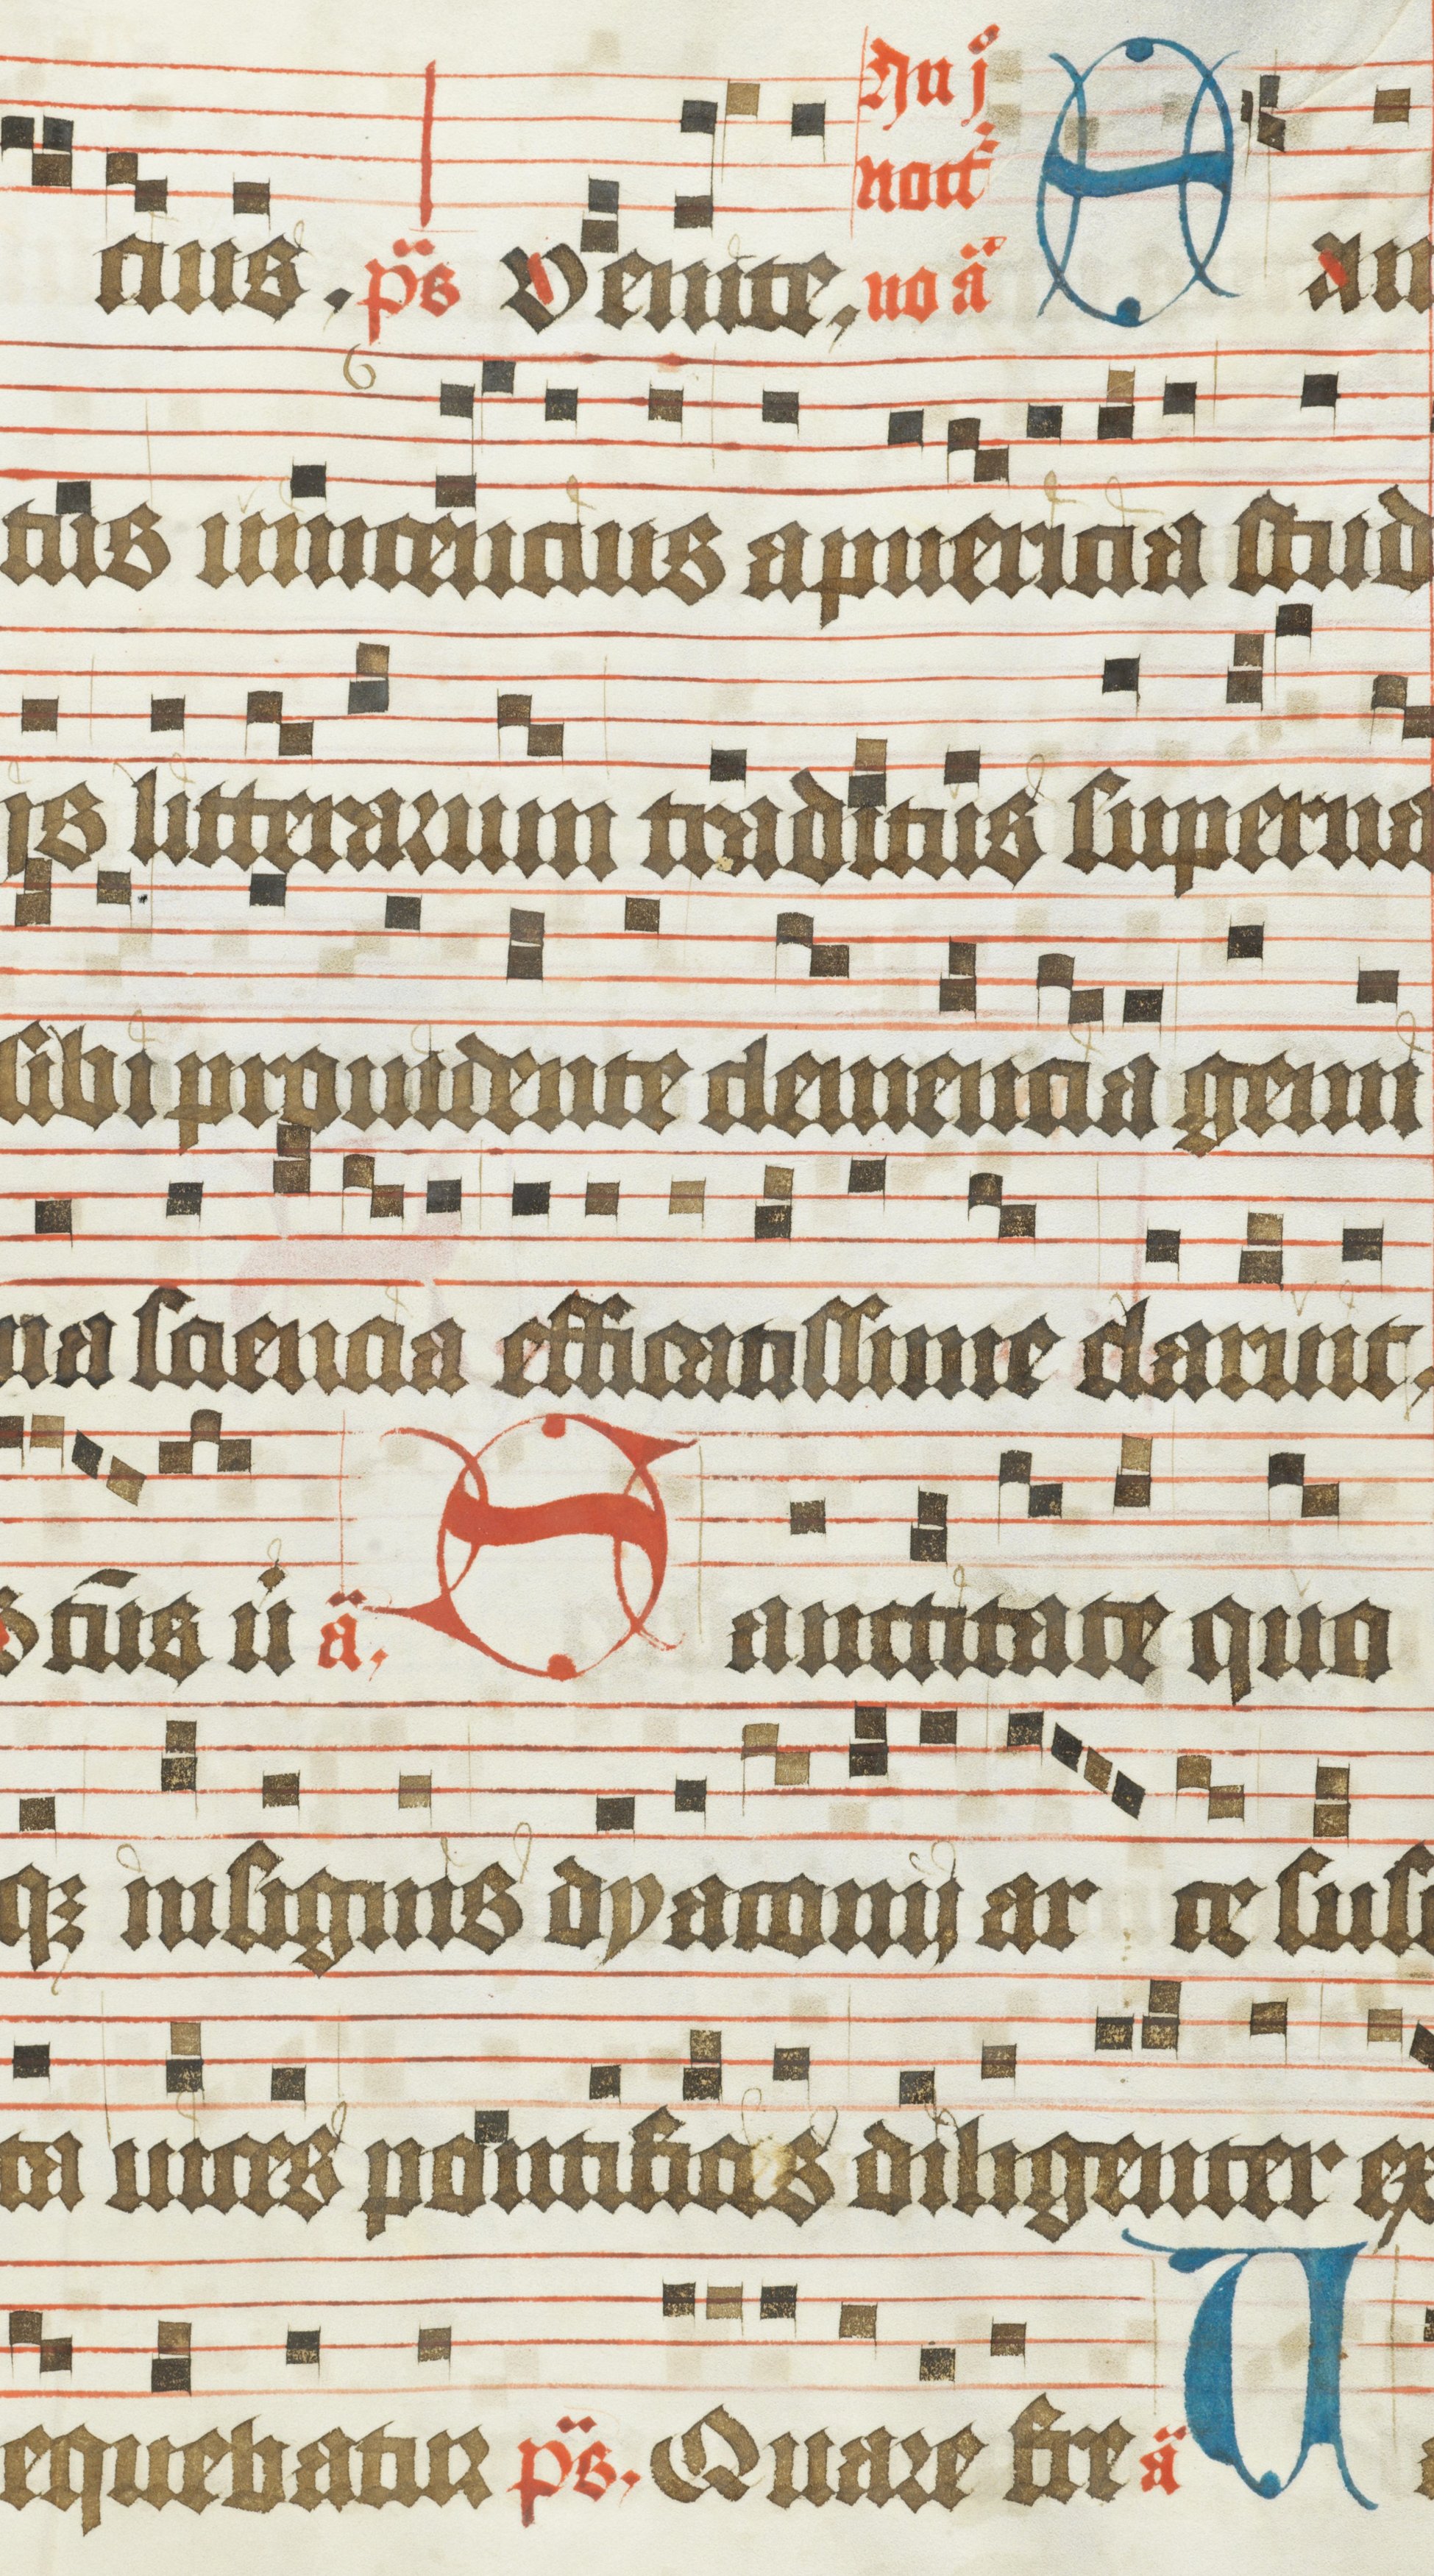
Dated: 1483–1484